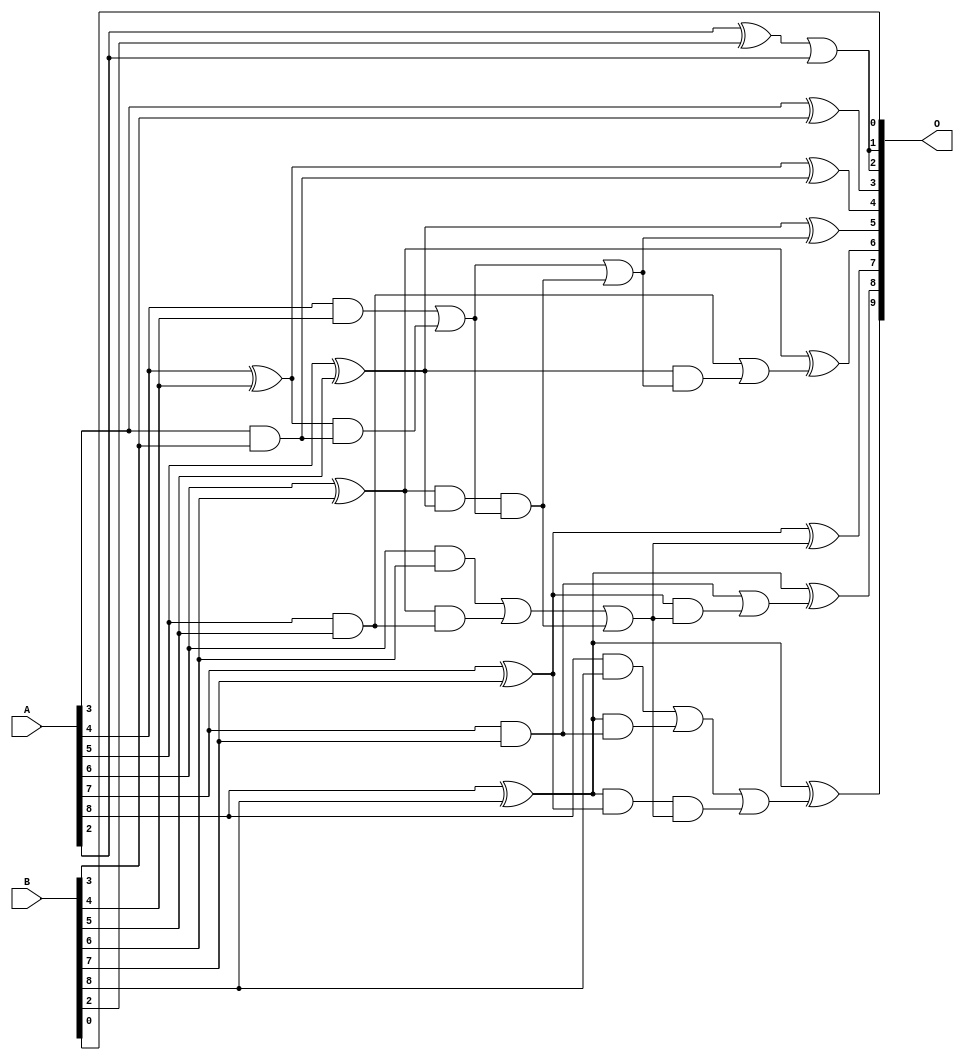
/***
* This code is a part of EvoApproxLib library (ehw.fit.vutbr.cz/approxlib) distributed under The MIT License.
* When used, please cite the following article(s): V. Mrazek, L. Sekanina, Z. Vasicek "Libraries of Approximate Circuits: Automated Design and Application in CNN Accelerators" IEEE Journal on Emerging and Selected Topics in Circuits and Systems, Vol 10, No 4, 2020 
* This file contains a circuit from a sub-set of pareto optimal circuits with respect to the pwr and mre parameters
***/
// MAE% = 0.47 %
// MAE = 2.4 
// WCE% = 1.37 %
// WCE = 7.0 
// WCRE% = 350.00 %
// EP% = 84.38 %
// MRE% = 5.20 %
// MSE = 9.0 
// PDK45_PWR = 0.025 mW
// PDK45_AREA = 59.1 um2
// PDK45_DELAY = 0.47 ns

module add9se_0DX (
    A,
    B,
    O
);

input [8:0] A;
input [8:0] B;
output [9:0] O;

wire sig_23,sig_24,sig_25,sig_26,sig_27,sig_28,sig_29,sig_30,sig_31,sig_32,sig_33,sig_34,sig_35,sig_36,sig_40,sig_42,sig_43,sig_44,sig_45,sig_46;
wire sig_47,sig_48,sig_51,sig_53,sig_57,sig_58,sig_59,sig_64,sig_65,sig_66,sig_67,sig_69,sig_71,sig_72,sig_73,sig_74,sig_75,sig_76;

assign sig_23 = A[2] ^ B[2];
assign sig_24 = A[3] & B[3];
assign sig_25 = A[3] ^ B[3];
assign sig_26 = A[4] & B[4];
assign sig_27 = A[4] ^ B[4];
assign sig_28 = A[5] & B[5];
assign sig_29 = A[5] ^ B[5];
assign sig_30 = A[6] & B[6];
assign sig_31 = A[6] ^ B[6];
assign sig_32 = A[7] & B[7];
assign sig_33 = A[7] ^ B[7];
assign sig_34 = A[8] & B[8];
assign sig_35 = A[8] ^ B[8];
assign sig_36 = A[8] ^ B[8];
assign sig_40 = sig_27 & sig_24;
assign sig_42 = sig_26 | sig_40;
assign sig_43 = sig_31 & sig_28;
assign sig_44 = sig_31 & sig_29;
assign sig_45 = sig_30 | sig_43;
assign sig_46 = sig_35 & sig_32;
assign sig_47 = sig_35 & sig_33;
assign sig_48 = sig_34 | sig_46;
assign sig_51 = sig_44 & sig_42;
assign sig_53 = sig_45 | sig_51;
assign sig_57 = sig_42 | sig_51;
assign sig_58 = sig_47 & sig_53;
assign sig_59 = sig_48 | sig_58;
assign sig_64 = sig_29 & sig_57;
assign sig_65 = sig_28 | sig_64;
assign sig_66 = sig_33 & sig_53;
assign sig_67 = sig_32 | sig_66;
assign sig_69 = sig_23 | A[2];
assign sig_71 = sig_27 ^ sig_24;
assign sig_72 = sig_29 ^ sig_57;
assign sig_73 = sig_31 ^ sig_65;
assign sig_74 = sig_33 ^ sig_53;
assign sig_75 = sig_35 ^ sig_67;
assign sig_76 = sig_36 ^ sig_59;

assign O[9] = sig_76;
assign O[8] = sig_75;
assign O[7] = sig_74;
assign O[6] = sig_73;
assign O[5] = sig_72;
assign O[4] = sig_71;
assign O[3] = sig_25;
assign O[2] = sig_69;
assign O[1] = sig_69;
assign O[0] = B[0];

endmodule